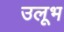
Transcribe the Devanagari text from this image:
उलूभ